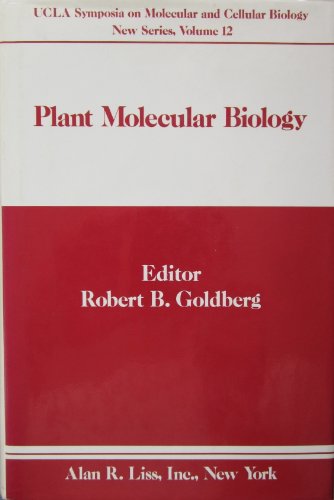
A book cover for Goldberg Plant Molecular Biology; RB GOLDBERG; Health, Fitness & Dieting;